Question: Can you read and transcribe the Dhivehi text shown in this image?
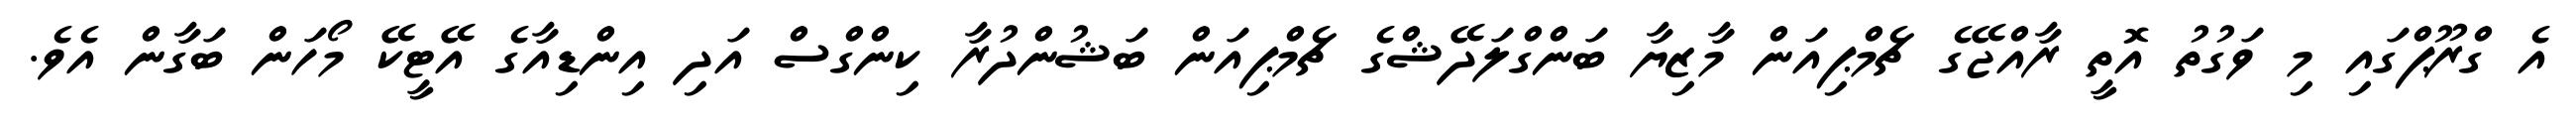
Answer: އެ ގްރޫޕްގައި މި ވަގުތު އޮތީ ރާއްޖޭގެ ޗެމްޕިއަން މާޒިޔާ ބަންގްލަދޭޝްގެ ޗެމްޕިއަން ބަޝުންދުރާ ކިންގްސް އަދި އިންޑިއާގެ އޭޓީކޭ މޯހަން ބަގާން އެވެ.